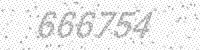
Solution: 666754